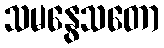
သမနွေသတော